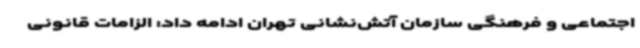
اجتماعی و فرهنگی سازمان آتش‌نشانی تهران ادامه داد: الزامات قانونی